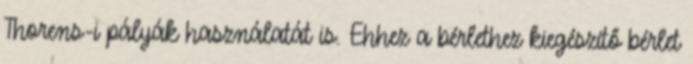
Thorens-i pályák használatát is. Ehhez a bérlethez kiegészítő bérlet